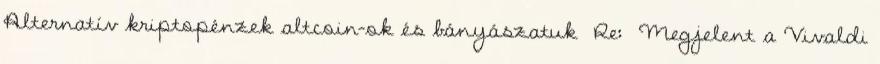
Alternatív kriptopénzek altcoin-ok és bányászatuk Re: Megjelent a Vivaldi